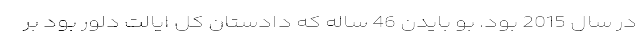
در سال 2015 بود. بو بایدن 46 ساله که دادستان کل ایالت دلور بود بر